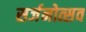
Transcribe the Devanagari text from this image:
सर्जनोत्सव